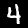
Digit: 4